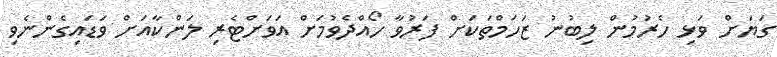
ގަޔަށް ވަޅި ހެރުމުން ލިބުނު ޒަހަމްތަކަށް ފަރުވާ ހޯއްދެވުމަށް އަވަށްޓެރި ލަންކާއަށް ވަޑައިގެންނެވި